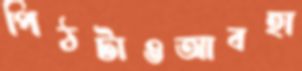
পিঠটাওআবহা